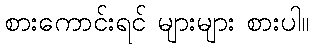
စားကောင်းရင် များများ စားပါ။